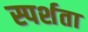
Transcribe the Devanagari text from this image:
स्पर्शता